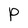
Character: P